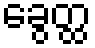
ခွေတ္ထ